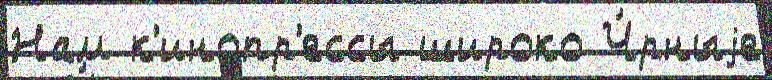
Нам к'инопр'ессы широко Ч́рныjе